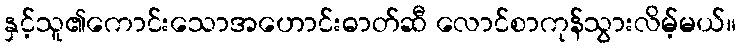
နှင့်သူ၏ကောင်းသောအဟောင်းဓာတ်ဆီ လောင်စာကုန်သွားလိမ့်မယ်။